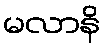
မလာနိ